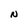
Character: N